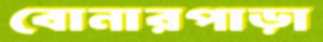
বোনারপাড়া